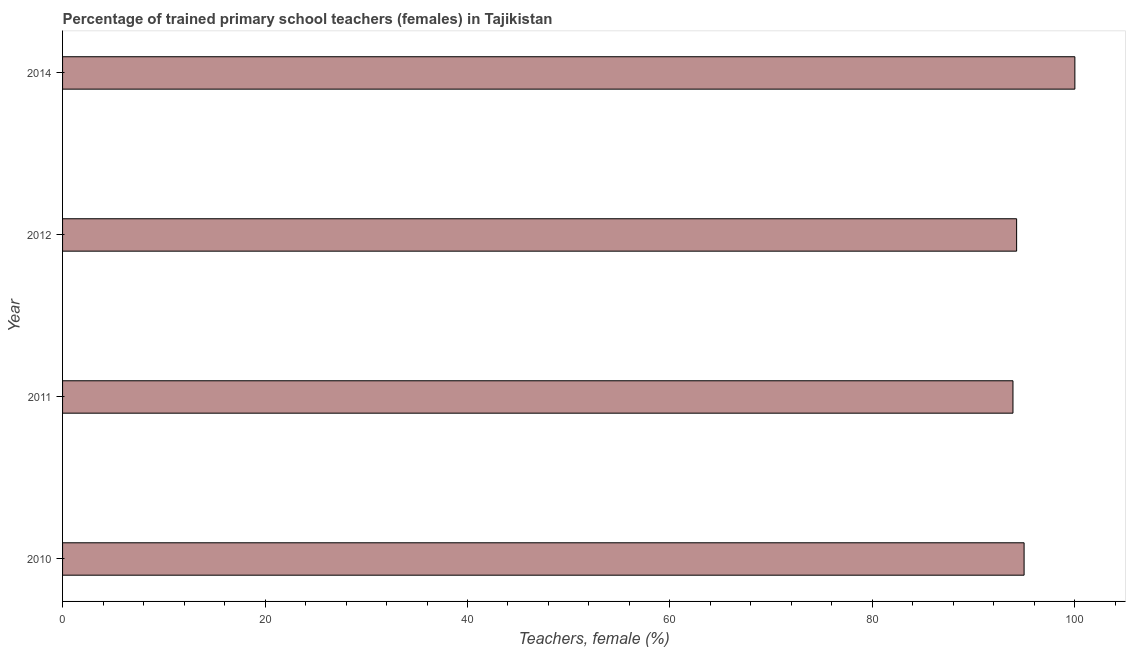
| Year | Trained teachers female |
 | --- | --- |
 | 2010 | 95 |
 | 2011 | 93.9 |
 | 2012 | 94.2 |
 | 2014 | 100 |